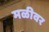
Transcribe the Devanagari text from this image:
मळीवर